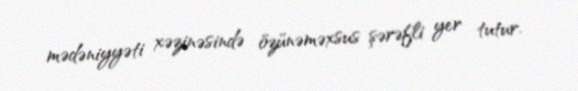
mədəniyyəti xəzinəsində özünəməxsus şərəfli yer tutur.